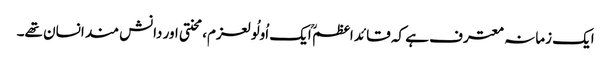
ایک زمانہ معترف ہے کہ قائد اعظم ؒ ایک اُولُولعزم،محنتی اور دانش مند انسان تھے۔